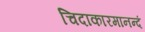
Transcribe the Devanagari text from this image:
चिदाकारमानन्दं